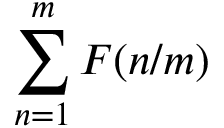
\sum _ { n = 1 } ^ { m } F ( n / m )